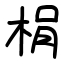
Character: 梋